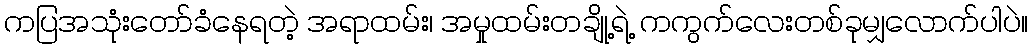
ကပြအသုံးတော်ခံနေရတဲ့ အရာထမ်း၊ အမှုထမ်းတချို့ရဲ့ ကကွက်လေးတစ်ခုမျှလောက်ပါပဲ။